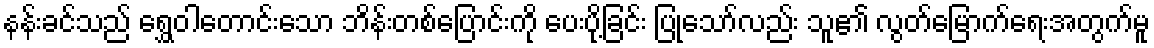
နန်းခင်သည် ရွှေဝါတောင်းသော ဘိန်းတစ်ပြောင်းကို ပေးပို့ခြင်း ပြုသော်လည်း သူ၏ လွတ်မြောက်ရေးအတွက်မူ